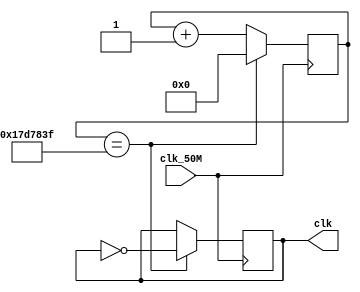
module div_clk(clk_50M, clk);
input clk_50M;
output reg clk;
reg [25:0] cnt;
always@(posedge clk_50M)
	begin
		if(cnt == 24999999)
			begin
				cnt = 0;
				clk = ! clk;
			end
		else
			cnt = cnt + 1;
	end
endmodule